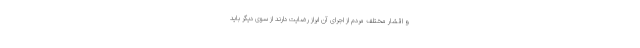
و اقشار مختلف مردم از اجرای آن ابراز رضایت دارند از سوی دیگر باید